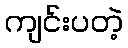
ကျင်းပတဲ့